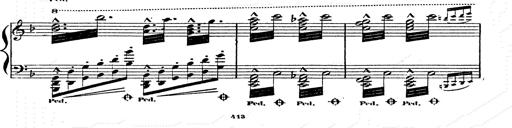
Title: Franz Schuberts geistliche Lieder
Composer: Franz Liszt